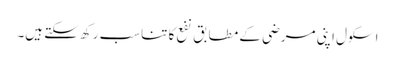
اسکول اپنی مرضی کے مطابق نفع کا تناسب رکھ سکتے ہیں۔